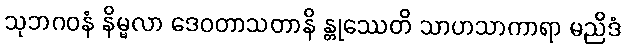
သုဘဂဝနံ နိမ္မလာ ဒေဝတာသတာနိ န္တုဿေတိ သာဟသာကာရာ မညိဒံ